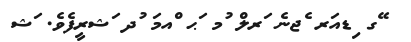
ޭގ ިޑއަރ ެޖނެ ަރލް ުމ ަޙ ްއމަ ުދ ަޝރީފެވެ. ަޝ